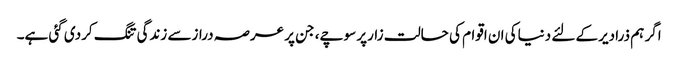
اگر ہم ذرادیرکے لئے دنیاکی ان اقوام کی حالت زارپر سوچے، جن پر عرصہ درازسے زندگی تنگ کردی گئی ہے۔